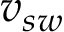
v _ { s w }